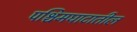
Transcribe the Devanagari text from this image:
पश्चिमघाटातील